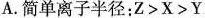
A.简单离子半径:$$Z > X > Y$$